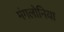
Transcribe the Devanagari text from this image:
मंगलोनिया